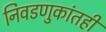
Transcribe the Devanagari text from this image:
निवडणुकांतही